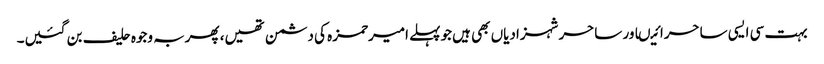
بہت سی ایسی ساحرائیںاور ساحرشہزادیاں بھی ہیں جوپہلے امیرحمزہ کی دشمن تھیں، پھربہ وجوہ حلیف بن گئیں۔